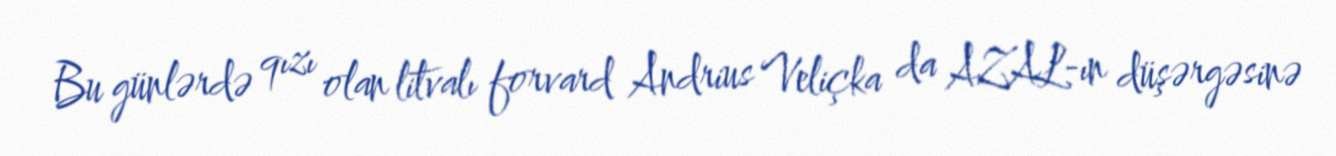
Bu günlərdə qızı olan litvalı forvard Andrius Veliçka da AZAL-ın düşərgəsinə